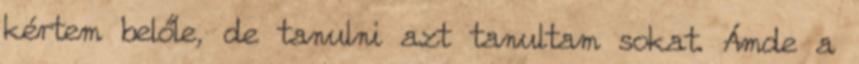
kértem belőle, de tanulni azt tanultam sokat. Ámde a